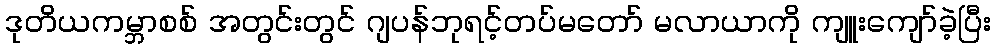
ဒုတိယကမ္ဘာစစ် အတွင်းတွင် ဂျပန်ဘုရင့်တပ်မတော် မလာယာကို ကျူးကျော်ခဲ့ပြီး